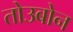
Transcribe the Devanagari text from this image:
तोउबोन